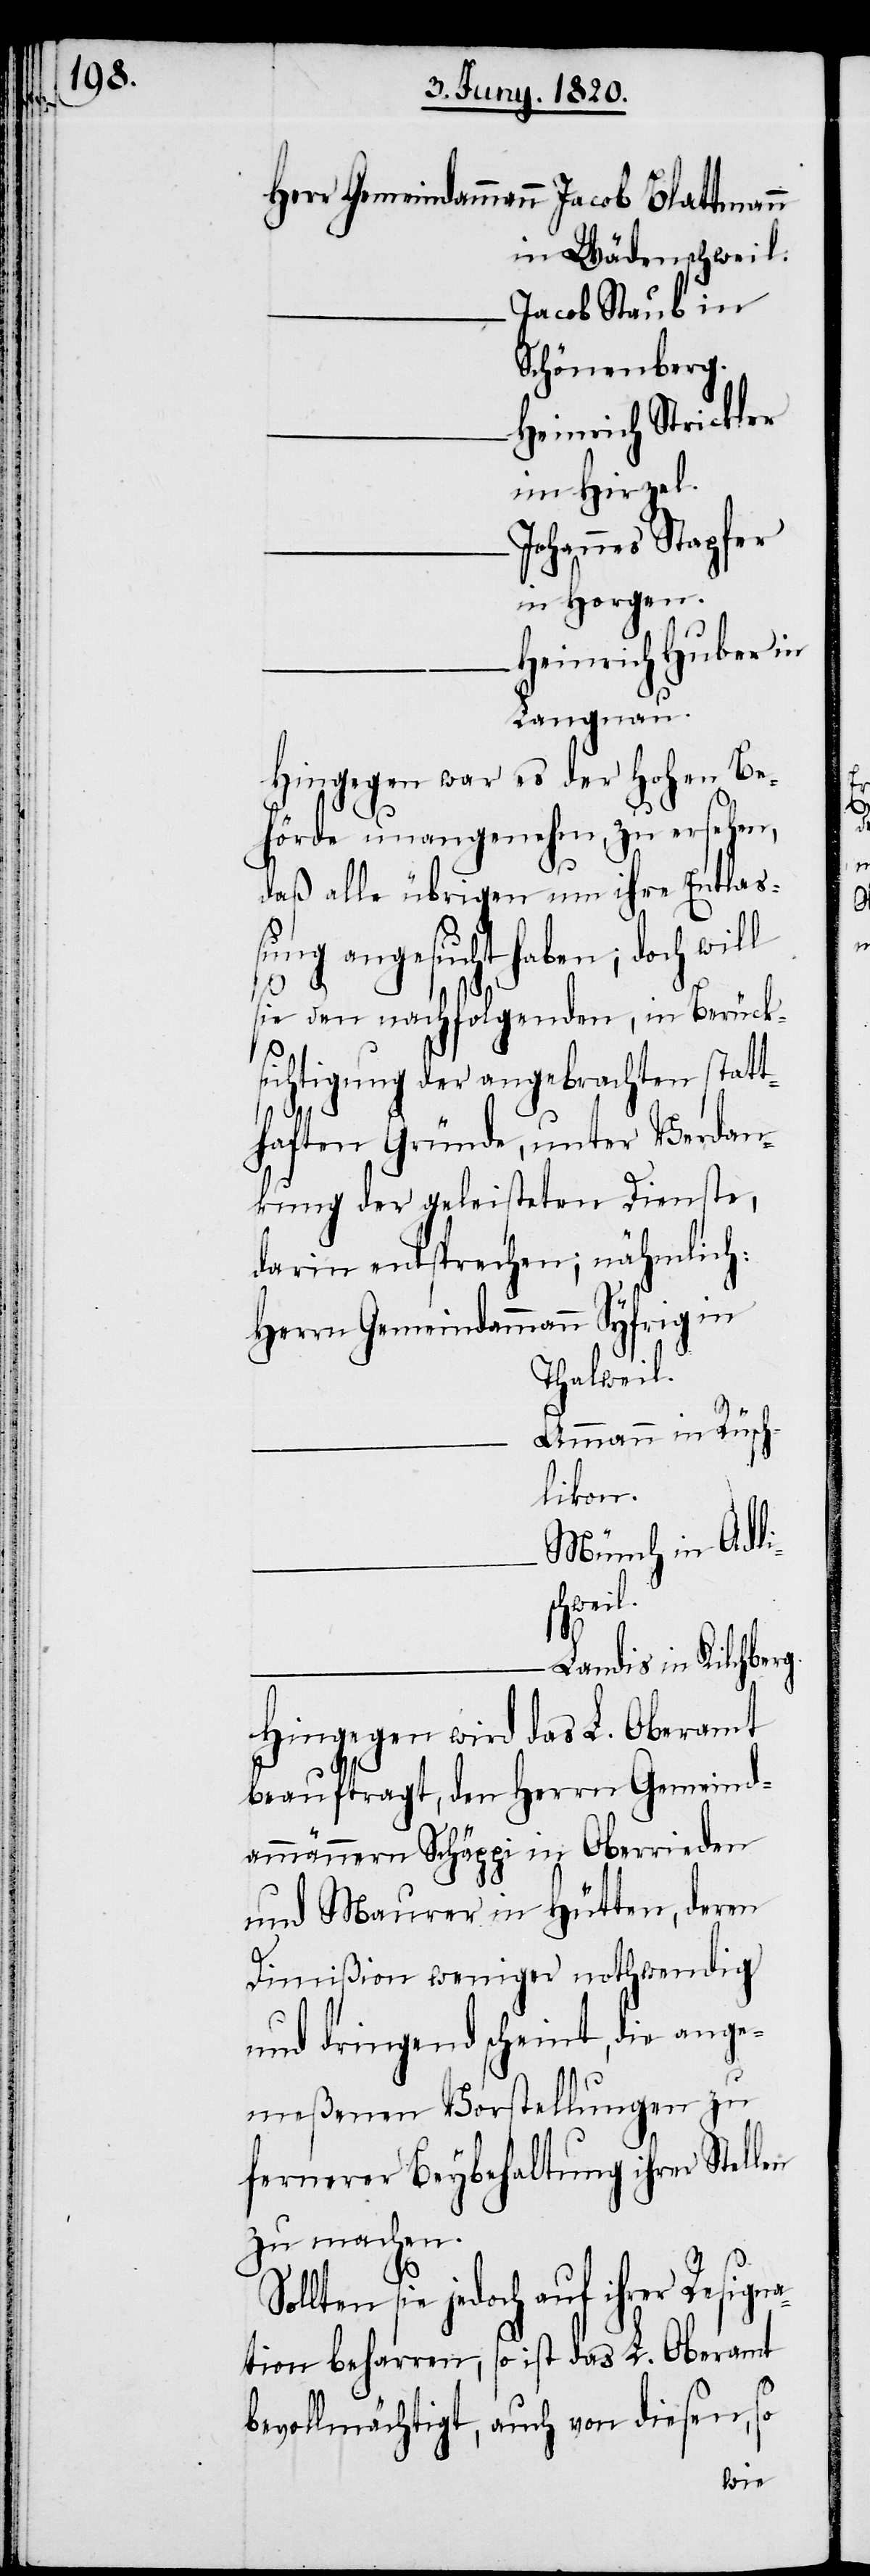
Herr Gemeindammann	Jacob Blattmann
in Wädenschweil.
Jacob Staub in
Schönenberg.
Heinrich Strickler
in Hirzel.
Johannes Stapfer
in Horgen.
Heinrich Huber in
Langnau.
Hingegen war es der hohen Be¬
hörde unangenehm zu ersehen,
daß alle übrigen um ihre Entla¬
ßung angesucht haben; doch will
sie den nachfolgenden, in Berück¬
sichtigung der angebrachten statt¬
haften Gründe, unter Verdan¬
kung der geleisteten Dienste,
darin rechtsprechen; nähmlich:
Herrn Gemeindammann	Syfrig in
Thalweil.
Ammann in Rüsc¬
hlikon.
Münch in Adlis¬
chweil.
Landis in Kilchberg.
Hingegen wird das L. Oberamt
beauftragt, den Herrn Gemeind¬
ammännern Schäppi in Oberrieden
und Maurer in Hütten, deren
Dimißion weniger nothwendig
und dringend scheint, die ange¬
meßenen Vorstellungen zu
fernerer Beybehaltung ihrer Stellen
zu machen.
sie jedoch auf ihrer Resign¬
ation beharren, so ist das L. Oberamt
bevollmächtigt, auch von diesen, so